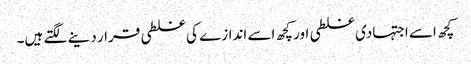
کچھ اسے اجتہادی غلطی اور کچھ اسے اندازے کی غلطی قرار دینے لگتے ہیں۔